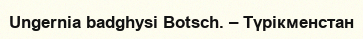
Ungernia badghysi Botsch. – Түрікменстан